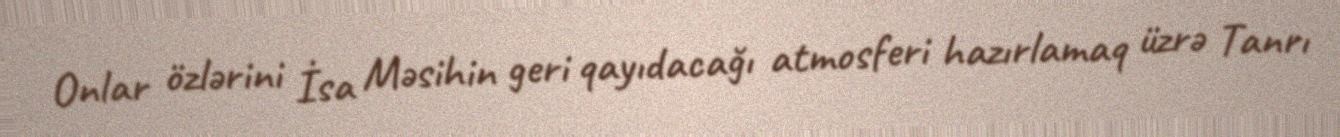
Onlar özlərini İsa Məsihin geri qayıdacağı atmosferi hazırlamaq üzrə Tanrı